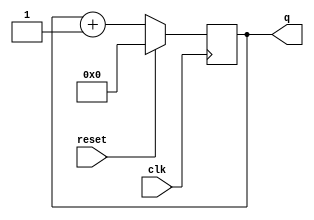
//A binary counter from 0-15  11:05 18-06-2021 FRI
`timescale 1ns / 1ps

module top_module (
    input        clk,
    input        reset,      // Synchronous active-high reset
    output reg   [3:0] q=4'b0000);
    
    always @(posedge clk) begin
        if(reset)  q <= 4'b0;
        else       q <= q + 1'b1;
    end

endmodule